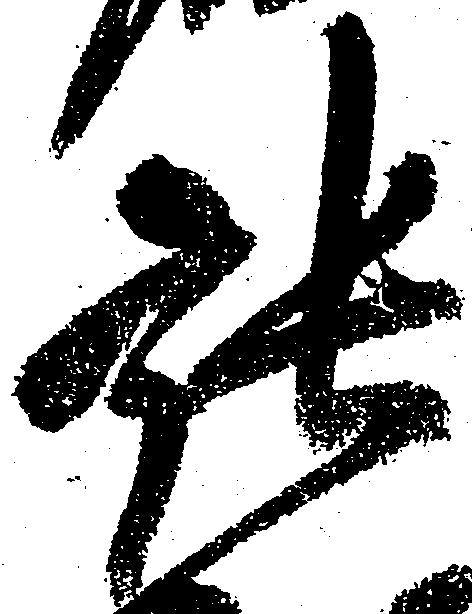
張